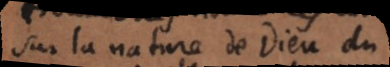
la nature de Dieu du